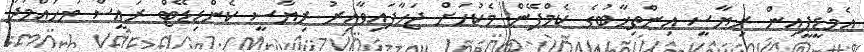
އެމްޑީޕީއިން ރިޔާސީ އިންތިޚާބުގެ ކެމްޕޭން މެކުހަށް ޖަހާފައިވާއިރު ރިޔާސީ ކެންޑިޑޭޓް ރައީސް މުހައްމަދު